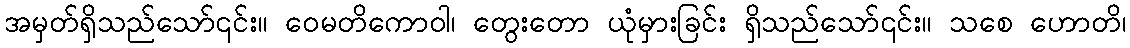
အမှတ်ရှိသည်သော်၎င်း။ ဝေမတိကောဝါ၊ တွေးတော ယုံမှားခြင်း ရှိသည်သော်၎င်း။ သစေ ဟောတိ၊